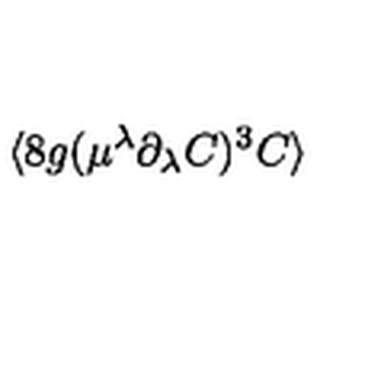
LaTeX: \langle 8 g ( \mu ^ { \lambda } \partial _ { \lambda } { C } ) ^ { 3 } C \rangle